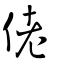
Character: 佬